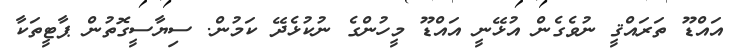
އައްޑޫ ތަރައްޤީ ނުވެގެން އުޅޭނީ އައްޑޫ މީހުންގެ ނުކުޅެދޭ ކަމުން. ސިޔާސީގޮތުން ޕާޓީތަކާ